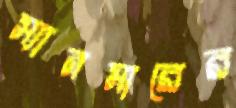
স্যানমারের